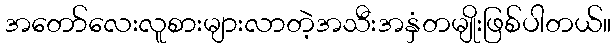
အတော်လေးလူစားများလာတဲ့အသီးအနှံတမျိုးဖြစ်ပါတယ်။